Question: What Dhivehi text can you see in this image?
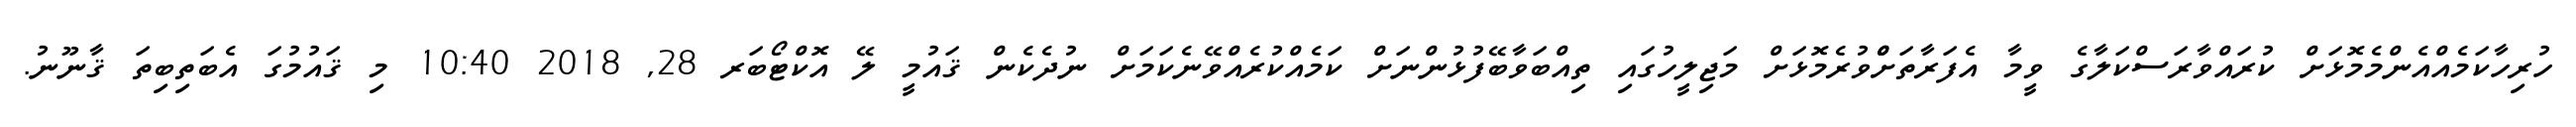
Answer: ހުރިހާކަމެއްއެންމެމޮޅަށް ކުރައްވާރަސްކަލާގެ ވީމާ އެފަރާތަށްްވުރެމޮޅަށް މަޖިލީހުގައި ތިއްބަވާބޭފުޅުންނަށް ކަމެއްކުރެއްވޭނެކަމަށް ނުދެކެން ޤައުމީ ލޭ އޮކްޓޯބަރ 28, 2018 10:40 މި ޤައުމުގަ އެބަތިބިތަ ޤާނޫނު.